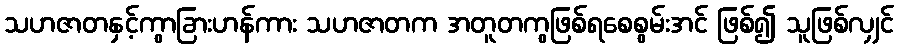
သဟဇာတနှင့်ကွာခြားဟန်ကား သဟဇာတက အတူတကွဖြစ်ရစေစွမ်းအင် ဖြစ်၍ သူဖြစ်လျှင်